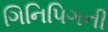
ગિનિપિગની